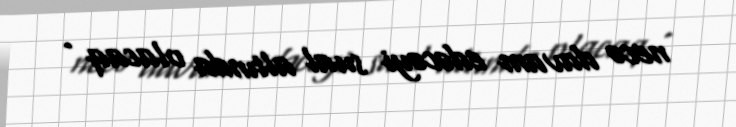
necə davam edəcəyi sual altında olacaq .